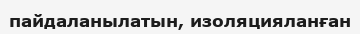
пайдаланылатын, изоляцияланған